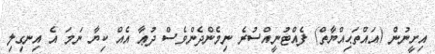
އިށީނުން (އައްތަޙިއްޔާތް) ފެއްޓުނީއްސުރެ ނިމެންދެންވެސް ދުޢާ އެއް ކިޔާ ނަމަ އެ އިނގިލި